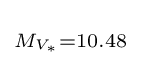
\scriptstyle M_{V_{\ast }}=10.48